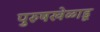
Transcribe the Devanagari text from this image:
पुरुषखेळाडू